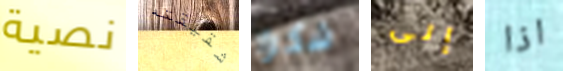
نصية شقيقته شكرا إلى اذا